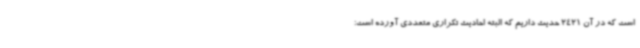
است که در آن 2421 حدیث داریم که البته احادیث تکراری متعددی آورده است؛